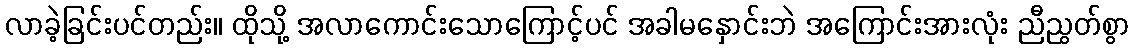
လာခဲ့ခြင်းပင်တည်း။ ထိုသို့ အလာကောင်းသောကြောင့်ပင် အခါမနှောင်းဘဲ အကြောင်းအားလုံး ညီညွတ်စွာ